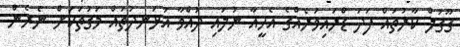
ގޫގުލް ކާރުތައް ފަދަ ޑްރައިވަރެއްގެ އެހީއާ ނުލައި ދުއްވާ އުޅަނދުތައް މަގުތަކަށް ނެރެން